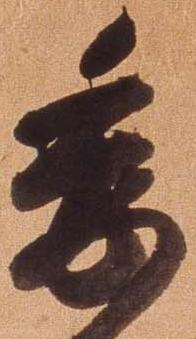
委